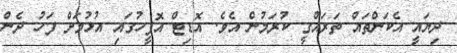
ދިޔައީ އެކަންތައް ތަރައްގީ ކުރަމުން އެވެ. އޮޑިޓް އޮފީހުގައި އުޅުމަށް ފަހު ދެން